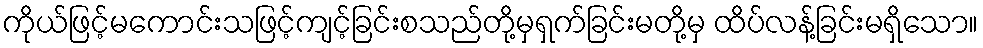
ကိုယ်ဖြင့်မကောင်းသဖြင့်ကျင့်ခြင်းစသည်တို့မှရှက်ခြင်းမတို့မှ ထိပ်လန့်ခြင်းမရှိသော။